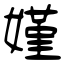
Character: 嫤